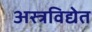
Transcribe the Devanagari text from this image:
अस्त्रविद्येत